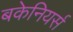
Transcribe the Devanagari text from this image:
बकेनियर्स